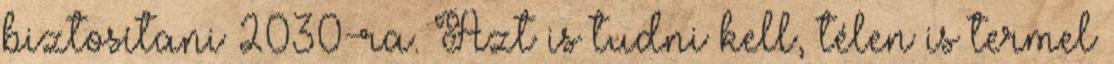
biztosítani 2030-ra. Azt is tudni kell, télen is termel